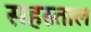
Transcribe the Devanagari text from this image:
सहस्र्ताल